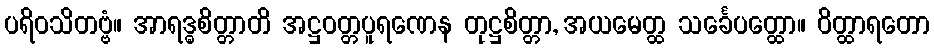
ပရိဝသိတဗ္ဗံ။ အာရဒ္ဓစိတ္တာတိ အဋ္ဌဝတ္တပူရဏေန တုဋ္ဌစိတ္တာ, အယမေတ္ထ သင်္ခေပတ္ထော။ ဝိတ္ထာရတော